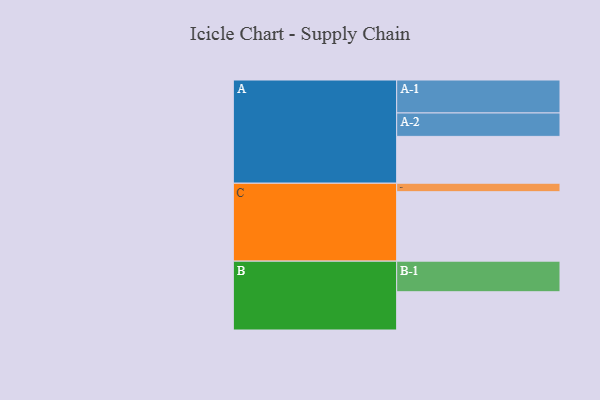
{"axis": {"x": "Segment", "y": "Value"}, "legend": ["", "A", "B", "C"], "data": [{"x": "A", "y": 398, "type": ""}, {"x": "B", "y": 325, "type": ""}, {"x": "C", "y": 590, "type": ""}, {"x": "A-1", "y": 280, "type": "A"}, {"x": "A-2", "y": 199, "type": "A"}, {"x": "B-1", "y": 260, "type": "B"}, {"x": "C-1", "y": 72, "type": "C"}]}